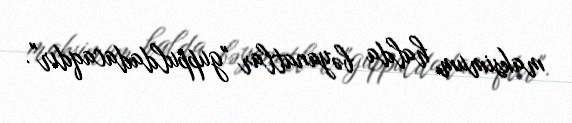
maksimum halda bəyanatlar "guppuldadacaqdır".